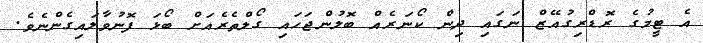
އެ ޓީމުގެ ރޮޑްރިގުއޭޒް ނަގައި ދިން ކޯނަރެއް ބޮލުންޖަހައި ގޯލްތެރެއަށް ބޯޅަ ފޮނުވާލައިގެންނެވެ.